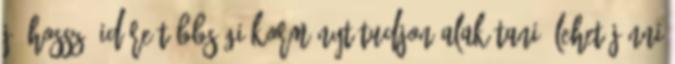
jó hosszú időre többségi kormányt tudjon alakítani. Lehet jönni